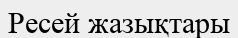
Ресей жазықтары